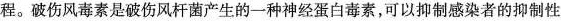
程。破伤风毒素是破伤风杆菌产生的一种神经蛋白毒素，可以抑制感染者的抑制性